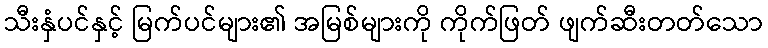
သီးနှံပင်နှင့် မြက်ပင်များ၏ အမြစ်များကို ကိုက်ဖြတ် ဖျက်ဆီးတတ်သော